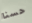
حسنا